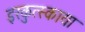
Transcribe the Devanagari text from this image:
इरकुत्स्काया